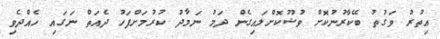
އިތުރު ވަގުތު ބޭކާރުނުކޮށް ވުޟޫކޮށްލައިގެން ދަމު ނަމާދު ކުރުމަށްފަހު ދެއަތް ނަގައި ހެއްދެވި